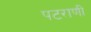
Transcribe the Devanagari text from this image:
पटराणी